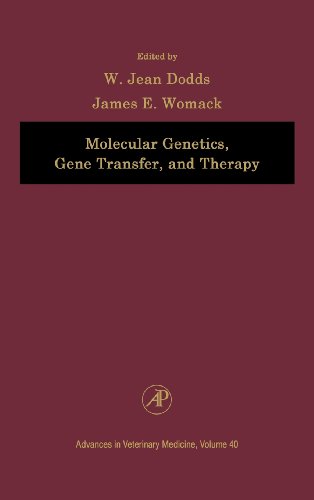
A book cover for Molecular Genetics, Gene Transfer, and Therapy, Volume 40 (Advances in Veterinary Medicine); Medical Books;